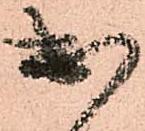
出